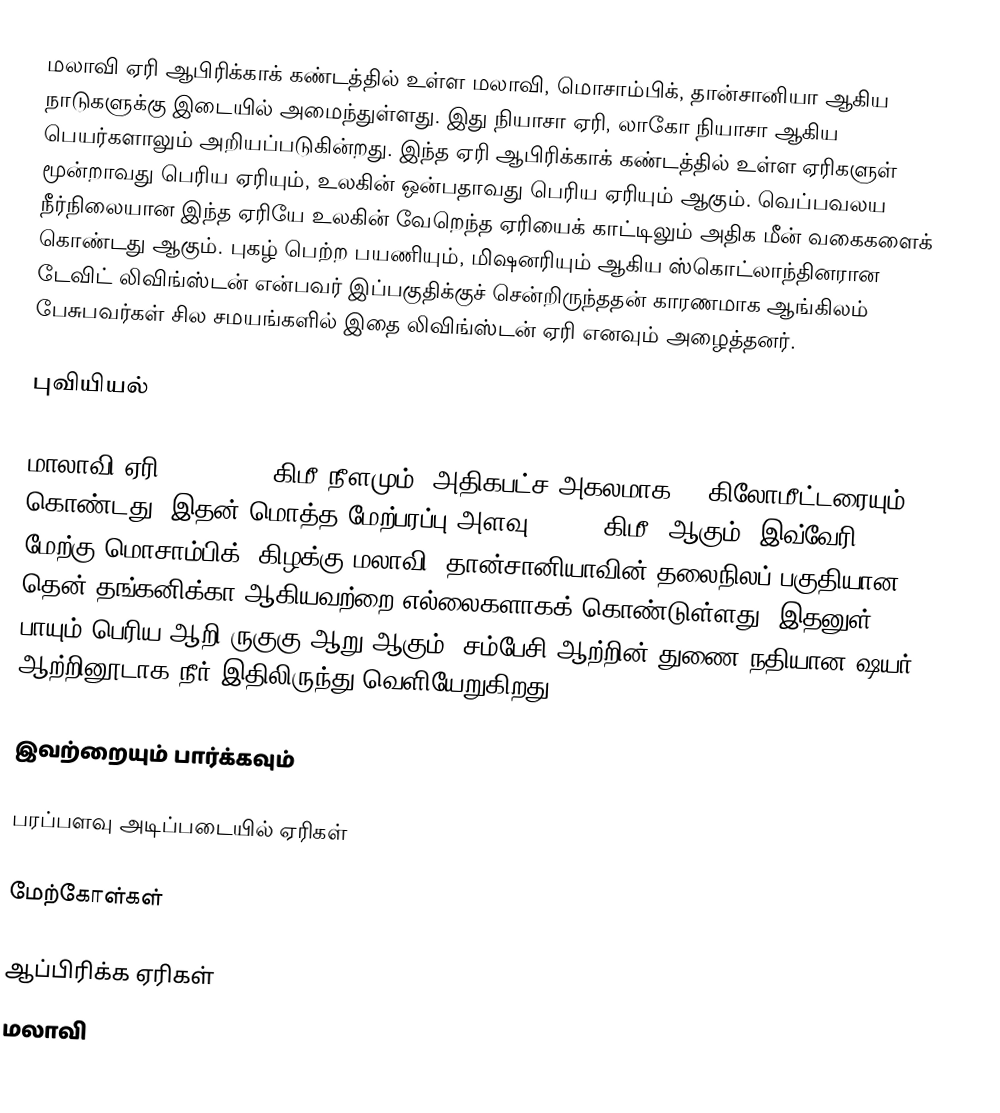
மலாவி ஏரி ஆபிரிக்காக் கண்டத்தில் உள்ள மலாவி, மொசாம்பிக், தான்சானியா ஆகிய நாடுகளுக்கு இடையில் அமைந்துள்ளது. இது நியாசா ஏரி, லாகோ நியாசா ஆகிய பெயர்களாலும் அறியப்படுகின்றது. இந்த ஏரி ஆபிரிக்காக் கண்டத்தில் உள்ள ஏரிகளுள் மூன்றாவது பெரிய ஏரியும், உலகின் ஒன்பதாவது பெரிய ஏரியும் ஆகும். வெப்பவலய நீர்நிலையான இந்த ஏரியே உலகின் வேறெந்த ஏரியைக் காட்டிலும் அதிக மீன் வகைகளைக் கொண்டது ஆகும். புகழ் பெற்ற பயணியும், மிஷனரியும் ஆகிய ஸ்கொட்லாந்தினரான டேவிட் லிவிங்ஸ்டன் என்பவர் இப்பகுதிக்குச் சென்றிருந்ததன் காரணமாக ஆங்கிலம் பேசுபவர்கள் சில சமயங்களில் இதை லிவிங்ஸ்டன் ஏரி எனவும் அழைத்தனர்.

புவியியல்

மாலாவி ஏரி, 560 - 579 கிமீ நீளமும், அதிகபட்ச அகலமாக 75 கிலோமீட்டரையும் கொண்டது. இதன் மொத்த மேற்பரப்பு அளவு 29,600 கிமீ² ஆகும். இவ்வேரி, மேற்கு மொசாம்பிக், கிழக்கு மலாவி, தான்சானியாவின் தலைநிலப் பகுதியான தென் தங்கனிக்கா ஆகியவற்றை எல்லைகளாகக் கொண்டுள்ளது. இதனுள் பாயும் பெரிய ஆறி ருகுகு ஆறு ஆகும். சம்பேசி ஆற்றின் துணை நதியான ஷயர் ஆற்றினூடாக நீர் இதிலிருந்து வெளியேறுகிறது.

இவற்றையும் பார்க்கவும்

 பரப்பளவு அடிப்படையில் ஏரிகள்

மேற்கோள்கள்

ஆப்பிரிக்க ஏரிகள்
மலாவி